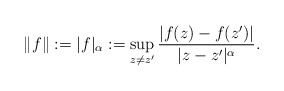
\begin{align*} \|f\| := |f|_{\alpha} := \sup_{z \neq z'} \frac{|f(z) - f(z')|}{|z-z'|^{\alpha}}.\end{align*}